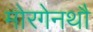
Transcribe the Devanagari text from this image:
मोरगेनथौ